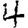
Digit: 4